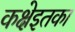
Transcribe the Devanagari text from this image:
कक्षेइतका